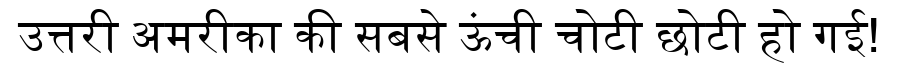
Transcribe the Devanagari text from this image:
उत्तरी अमरीका की सबसे ऊंची चोटी छोटी हो गई!